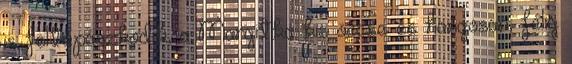
is feltápászkodik, a Margitka kis öccse és hangosan, félig